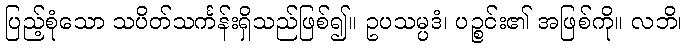
ပြည့်စုံသော သပိတ်သင်္ကန်းရှိသည်ဖြစ်၍။ ဥပသမ္ပဒံ၊ ပဉ္စင်း၏ အဖြစ်ကို။ လဘိ၊